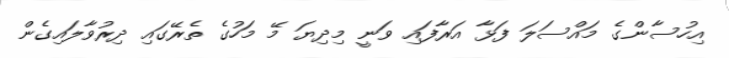
އިހުސާންގެ މައްސަލަ ފަޅާ އަރާފައި ވަނީ މިދިޔަ މޭ މަހުގެ ތެރޭގައި ދިރުވާލައިގެން